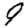
Digit: 9